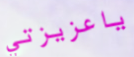
ياعزيزتي